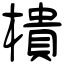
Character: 樻